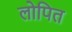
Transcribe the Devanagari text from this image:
लोपित